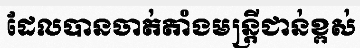
ដែលបានចាត់តាំងមន្ត្រីជាន់ខ្ពស់